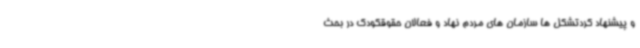
و پیشنهاد کردتشکل ها سازمان های مردم نهاد و فعالان حقوقکودک در بحث